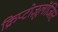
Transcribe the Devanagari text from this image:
क्रिप्टोज़ूलॉजिस्ट